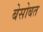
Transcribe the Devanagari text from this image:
बेसोबत